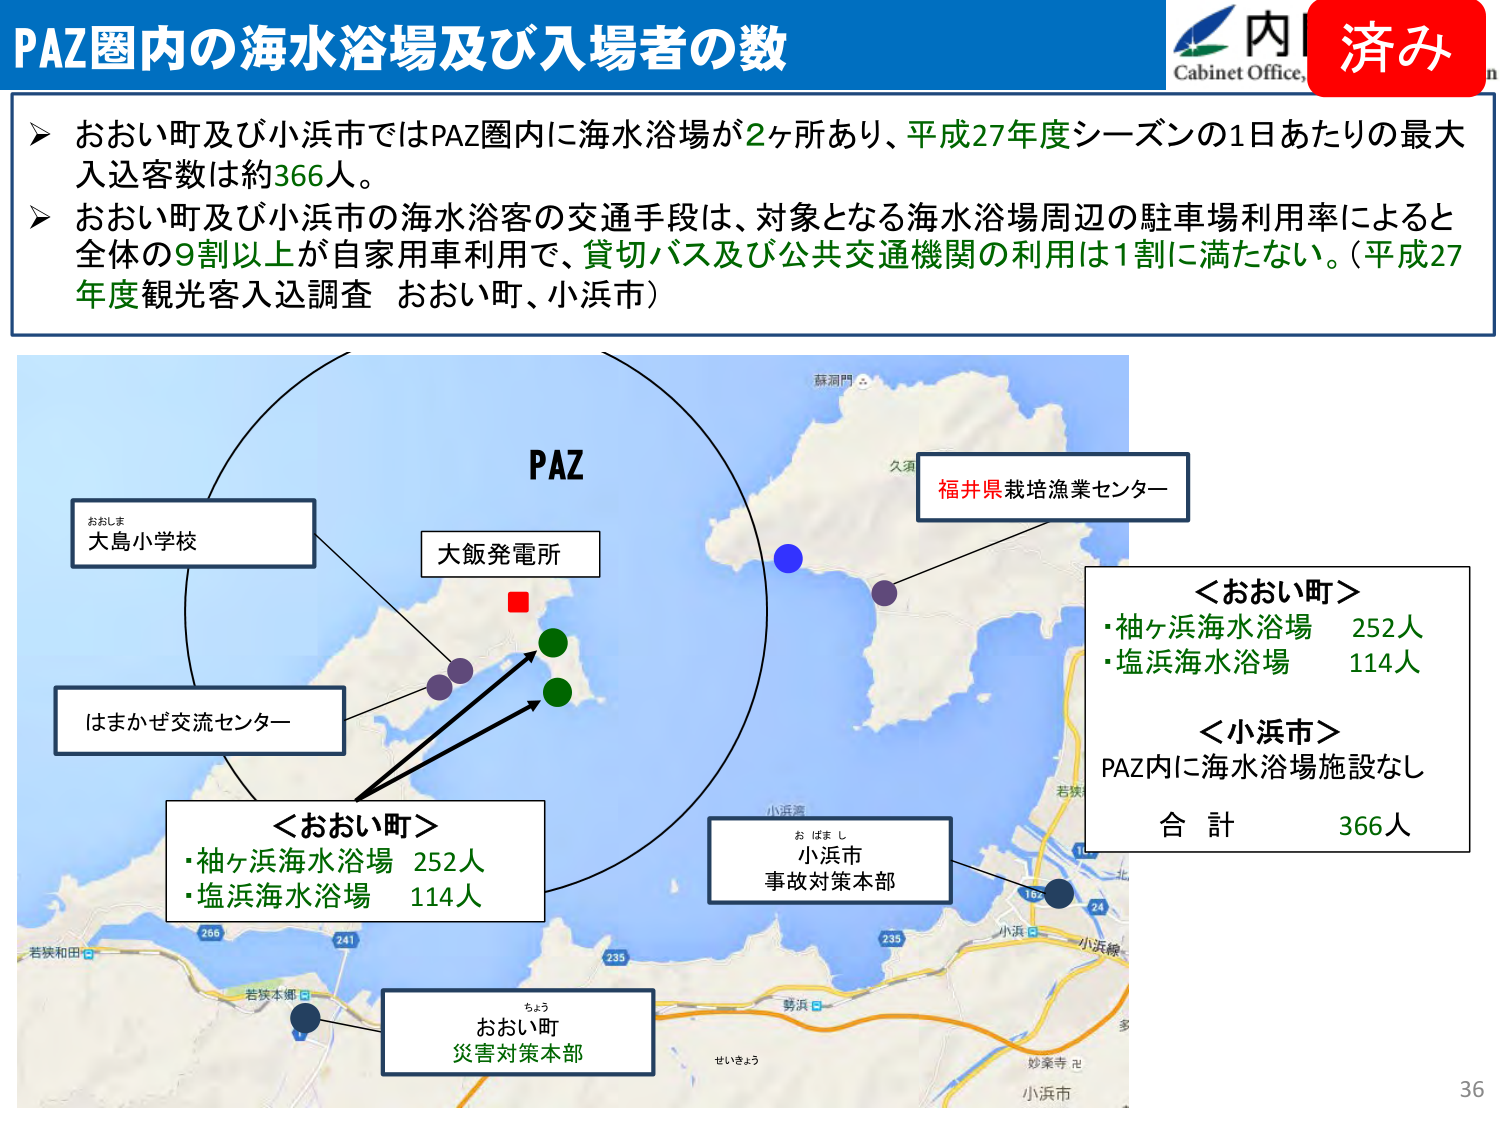
PAZ圏内の海水浴場及び入場者の数

➤ おおい町及び小浜市ではPAZ圏内に海水浴場が2ヶ所あり、平成27年度シーズンの1日あたりの最大入込客数は約366人。
➤ おおい町及び小浜市の海水浴客の交通手段は、対象となる海水浴場周辺の駐車場利用率によると全体の9割以上が自家用車利用で、貸切バス及び公共交通機関の利用は1割に満たない。（平成27年度観光客入込調査 おおい町、小浜市）

PAZ

おおしま
大島小学校

大飯発電所

はまかぜ交流センター

＜おおい町＞
・袖ヶ浜海水浴場 252人
・塩浜海水浴場 114人

福井県栽培漁業センター

＜おおい町＞
・袖ヶ浜海水浴場 252人
・塩浜海水浴場 114人

＜小浜市＞
PAZ内に海水浴場施設なし
合計 366人

お ばま し
小浜市
事故対策本部

ちょう
おおい町
災害対策本部

せいきょう

36

済み

Cabinet Office, Japan

蘇洞門
久須
若狭
小浜湾
若狭和田
266
241
若狭本郷
1
235
勢浜
235
小浜
小浜線
妙楽寺
小浜市
187
24